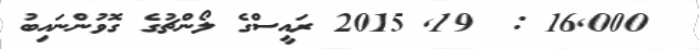
16